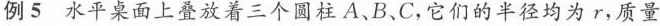
例5 水平桌面上叠放着三个圆柱A、B、C，它们的半径均为r，质量